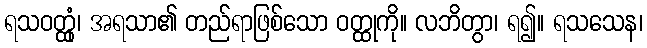
ရသဝတ္ထုံ၊ အရသာ၏ တည်ရာဖြစ်သော ဝတ္ထုကို။ လဘိတွာ၊ ရ၍။ ရသသေန၊